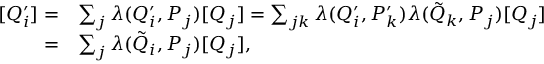
\begin{array} { r l } { [ Q _ { i } ^ { \prime } ] = } & { \sum _ { j } \lambda ( Q _ { i } ^ { \prime } , P _ { j } ) [ Q _ { j } ] = \sum _ { j k } \lambda ( Q _ { i } ^ { \prime } , P _ { k } ^ { \prime } ) \lambda ( \tilde { Q } _ { k } , P _ { j } ) [ Q _ { j } ] } \\ { = } & { \sum _ { j } \lambda ( \tilde { Q } _ { i } , P _ { j } ) [ Q _ { j } ] , } \end{array}